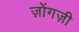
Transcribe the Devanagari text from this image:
ज़ोंगज़ी